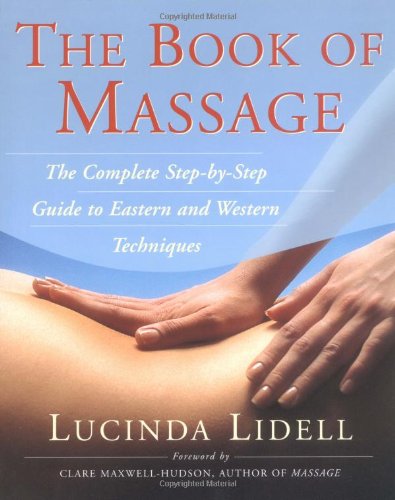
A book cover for The Book of Massage: The Complete Step-by-Step Guide to Eastern and Western Technique; Carola Beresford Cooke; Health, Fitness & Dieting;